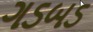
ગડબડ